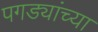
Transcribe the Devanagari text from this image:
पगड्यांच्या